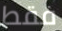
فقط